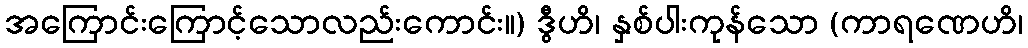
အကြောင်းကြောင့်သောလည်းကောင်း။) ဒွီဟိ၊ နှစ်ပါးကုန်သော (ကာရဏေဟိ၊